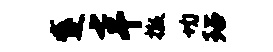
蹙七干撤均玷